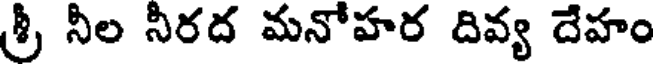
శ్రీ నీల నీరద మనోహర దివ్య దేహం